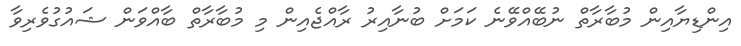
އިންޑިޔާއިން މުބާރާތް ނުބޭއްވޭނެ ކަމަށް ބުނާއިރު ރާއްޖެއިން މި މުބާރާތް ބާއްވަން ޝައުގުވެރިވާ